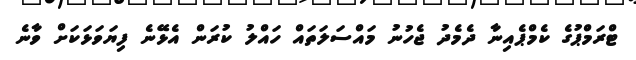
ޓްރަމްޕުގެ ކެމްޕެއިނާ ދެމެދު ޖެހުނު މައްސަލަތައް ހައްލު ކުރަން އެޅޭނެ ފިޔަވަޅަކަށް ވާނެ